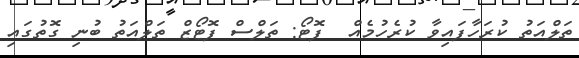
ތަލްއަތު ކުރަހާފައިވާ ކުރެހުމެއް  ފޮޓޯ: ތަލްސް ފޮޓޯޒް ތަލްއަތު ބުނި ގޮތުގައި